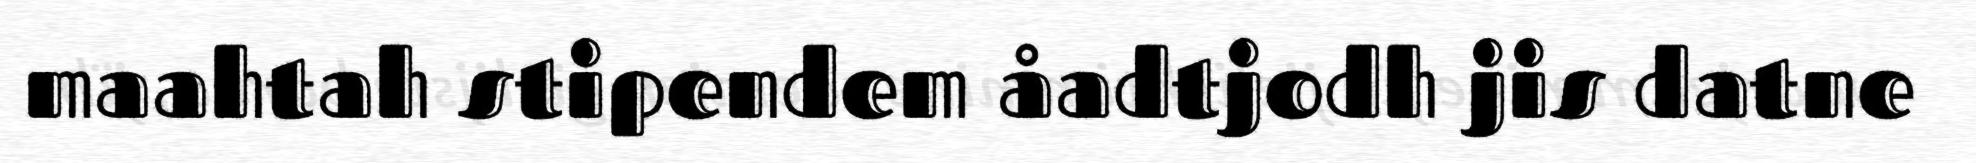
maahtah stipendem åadtjodh jis datne